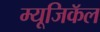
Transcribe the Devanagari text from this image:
म्यूजिकॅल